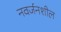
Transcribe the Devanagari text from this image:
नवर्जनशील